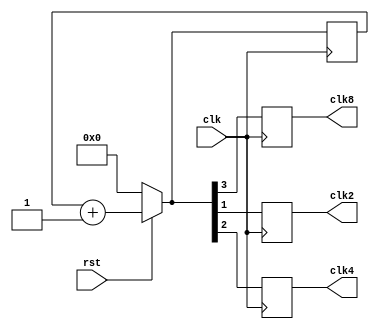
module clockdivider(clk,clk2,clk4,clk8,rst);
input clk,rst;
reg [3:0]count;
output clk2,clk4,clk8;
reg clk2,clk4,clk8;
always@(posedge clk)
begin
if(rst==0)
count=4'b0000;
else
count=count+1;
clk2=count[1];
clk4=count[2];
clk8=count[3];
end
endmodule